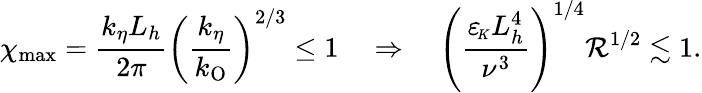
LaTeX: \chi_{\mathrm{max}}=\frac{k_{\eta}L_{h}}{2\pi}\left(\frac{k_{\eta}}{k_{\mathrm{O}}}\right)^{2/3}\leq 1~~~~\Rightarrow~~~~\left(\frac{{\varepsilon_{\! \scriptscriptstyle K}}L_{h}^{4}}{\nu^{3}}\right)^{1/4}\mathcal{R}^{1/2}\lesssim 1.